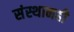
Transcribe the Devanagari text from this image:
संस्थानही